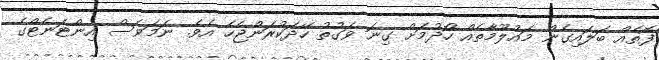
ފޮތެއް ބަލައިގެން މައުލޫމާތެއް ހޯދުމަށް ގިނަ ވަގުތު ހޭދަކުރަންޖެހެ އެވެ. ނަމަވެސް އިންޓަނެޓްގެ